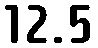
12.5